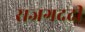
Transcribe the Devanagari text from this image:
राजगददी